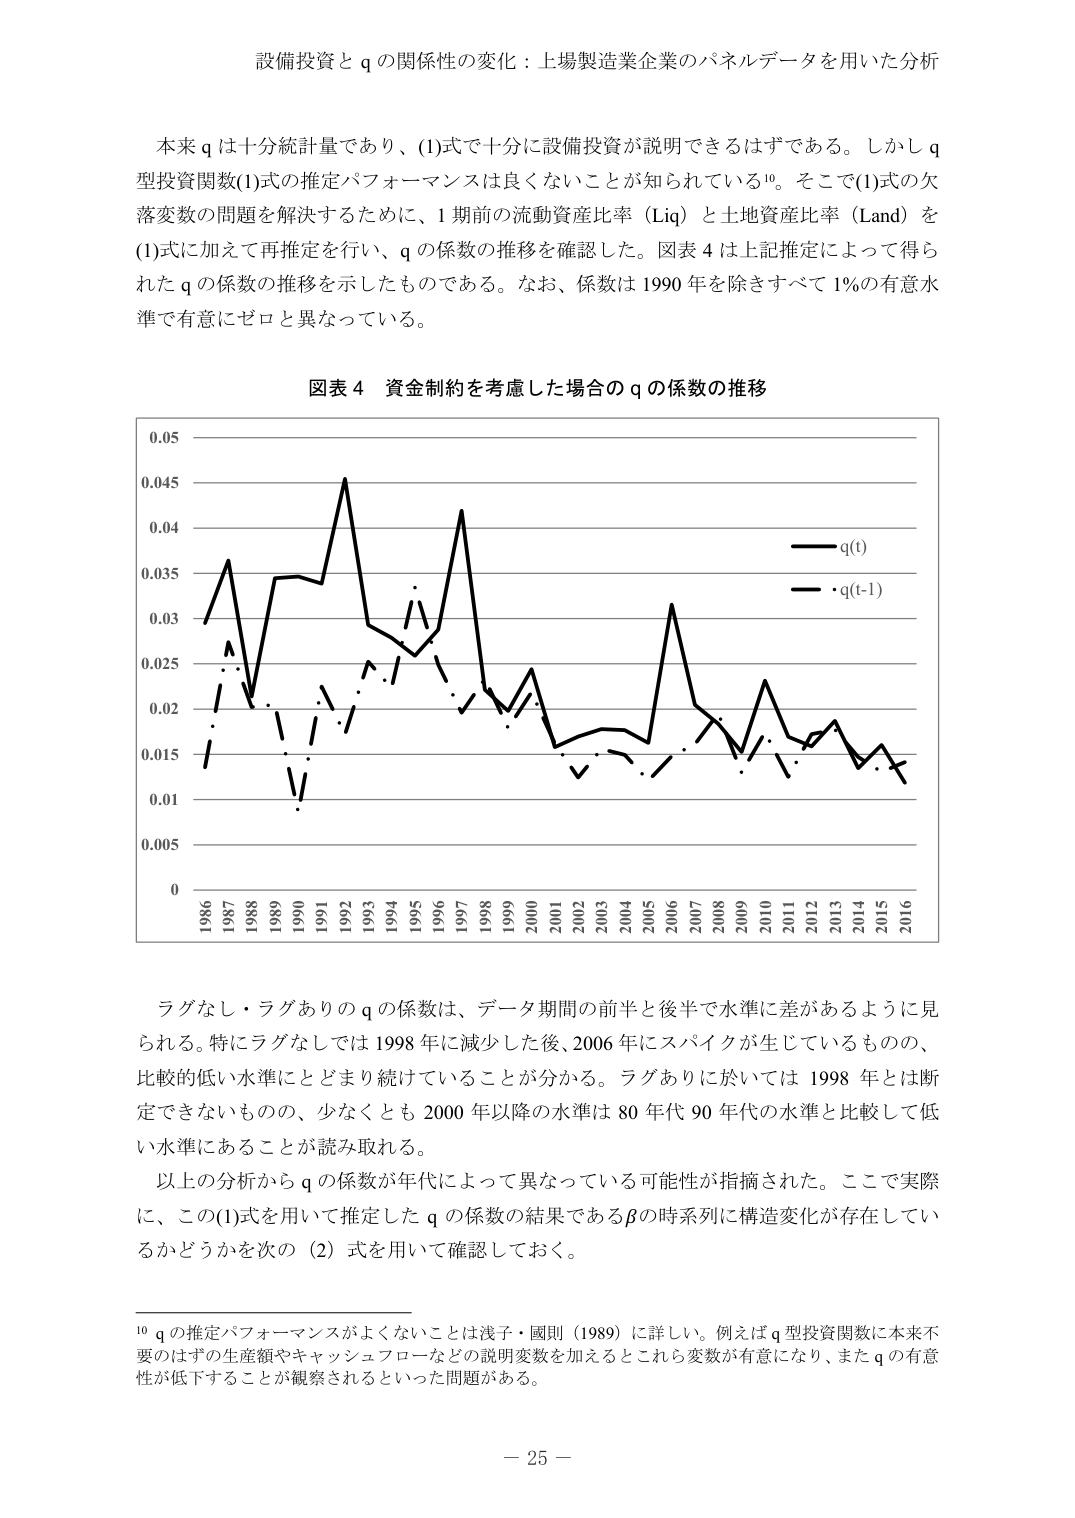
設備投資と q の関係性の変化：上場製造業企業のパネルデータを用いた分析

本来 q は十分統計量であり、(1)式で十分に設備投資が説明できるはずである。しかし q 型投資関数(1)式の推定パフォーマンスは良くないことが知られている10。そこで(1)式の欠落変数の問題を解決するために、1 期前の流動資産比率（Liq）と土地資産比率（Land）を (1)式に加えて再推定を行い、q の係数の推移を確認した。図表 4 は上記推定によって得られた q の係数の推移を示したものである。なお、係数は 1990 年を除きすべて 1%の有意水準で有意にゼロと異なっている。

図表 4 資金制約を考慮した場合の q の係数の推移

0.05
0.045
0.04
0.035
0.03
0.025
0.02
0.015
0.01
0.005
0

1986 1987 1988 1989 1990 1991 1992 1993 1994 1995 1996 1997 1998 2000 2001 2002 2003 2004 2005 2006 2007 2008 2009 2010 2011 2012 2013 2014 2015 2016

q(t)
・q(t-1)

ラグなし・ラグありの q の係数は、データ期間の前半と後半で水準に差があるように見られる。特にラグなしでは 1998 年に減少した後、2006 年にスパイクが生じているものの、比較的低い水準にとどまり続けていることが分かる。ラグありに於いては 1998 年とは断定できないものの、少なくとも 2000 年以降の水準は 80 年代 90 年代の水準と比較して低い水準にあることが読み取れる。

以上の分析から q の係数が年代によって異なっている可能性が指摘された。ここで実際に、この(1)式を用いて推定した q の係数の結果であるβの時系列に構造変化が存在しているかどうかを次の（2）式を用いて確認しておく。

10 q の推定パフォーマンスがよくないことは浅子・國則（1989）に詳しい。例えば q 型投資関数に本来不要のはずの生産額やキャッシュフローなどの説明変数を加えるとこれら変数が有意になり、また q の有意性が低下することが観察されるといった問題がある。

－ 25 －